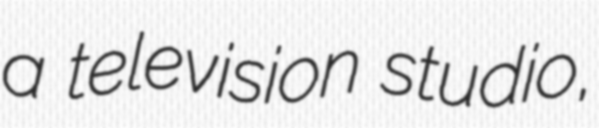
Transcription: a television studio,